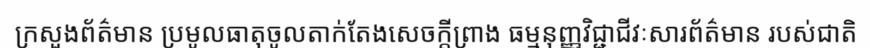
ក្រសួងព័ត៌មាន ប្រមូលធាតុចូលតាក់តែងសេចក្តីព្រាង ធម្មនុញ្ញវិជ្ជាជីវៈសារព័ត៌មាន របស់ជាតិ